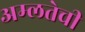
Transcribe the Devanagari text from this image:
अम्लतेची